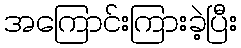
အကြောင်းကြားခဲ့ပြီး